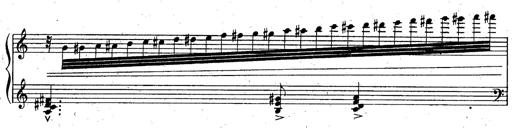
Title: God Save the Queen
Composer: Charles LÃ©on Hess
Key: A major